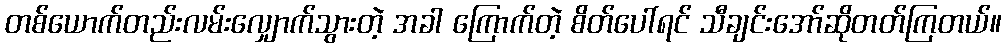
တစ်ယောက်တည်းလမ်းလျှောက်သွားတဲ့ အခါ ကြောက်တဲ့ စိတ်ပေါ်ရင် သီချင်းအော်ဆိုတတ်ကြတယ်။